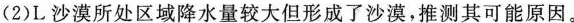
(2)L沙漠所处区域降水量较大但形成了沙漠，推测其可能原因。